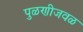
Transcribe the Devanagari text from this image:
पुळणीजवळ